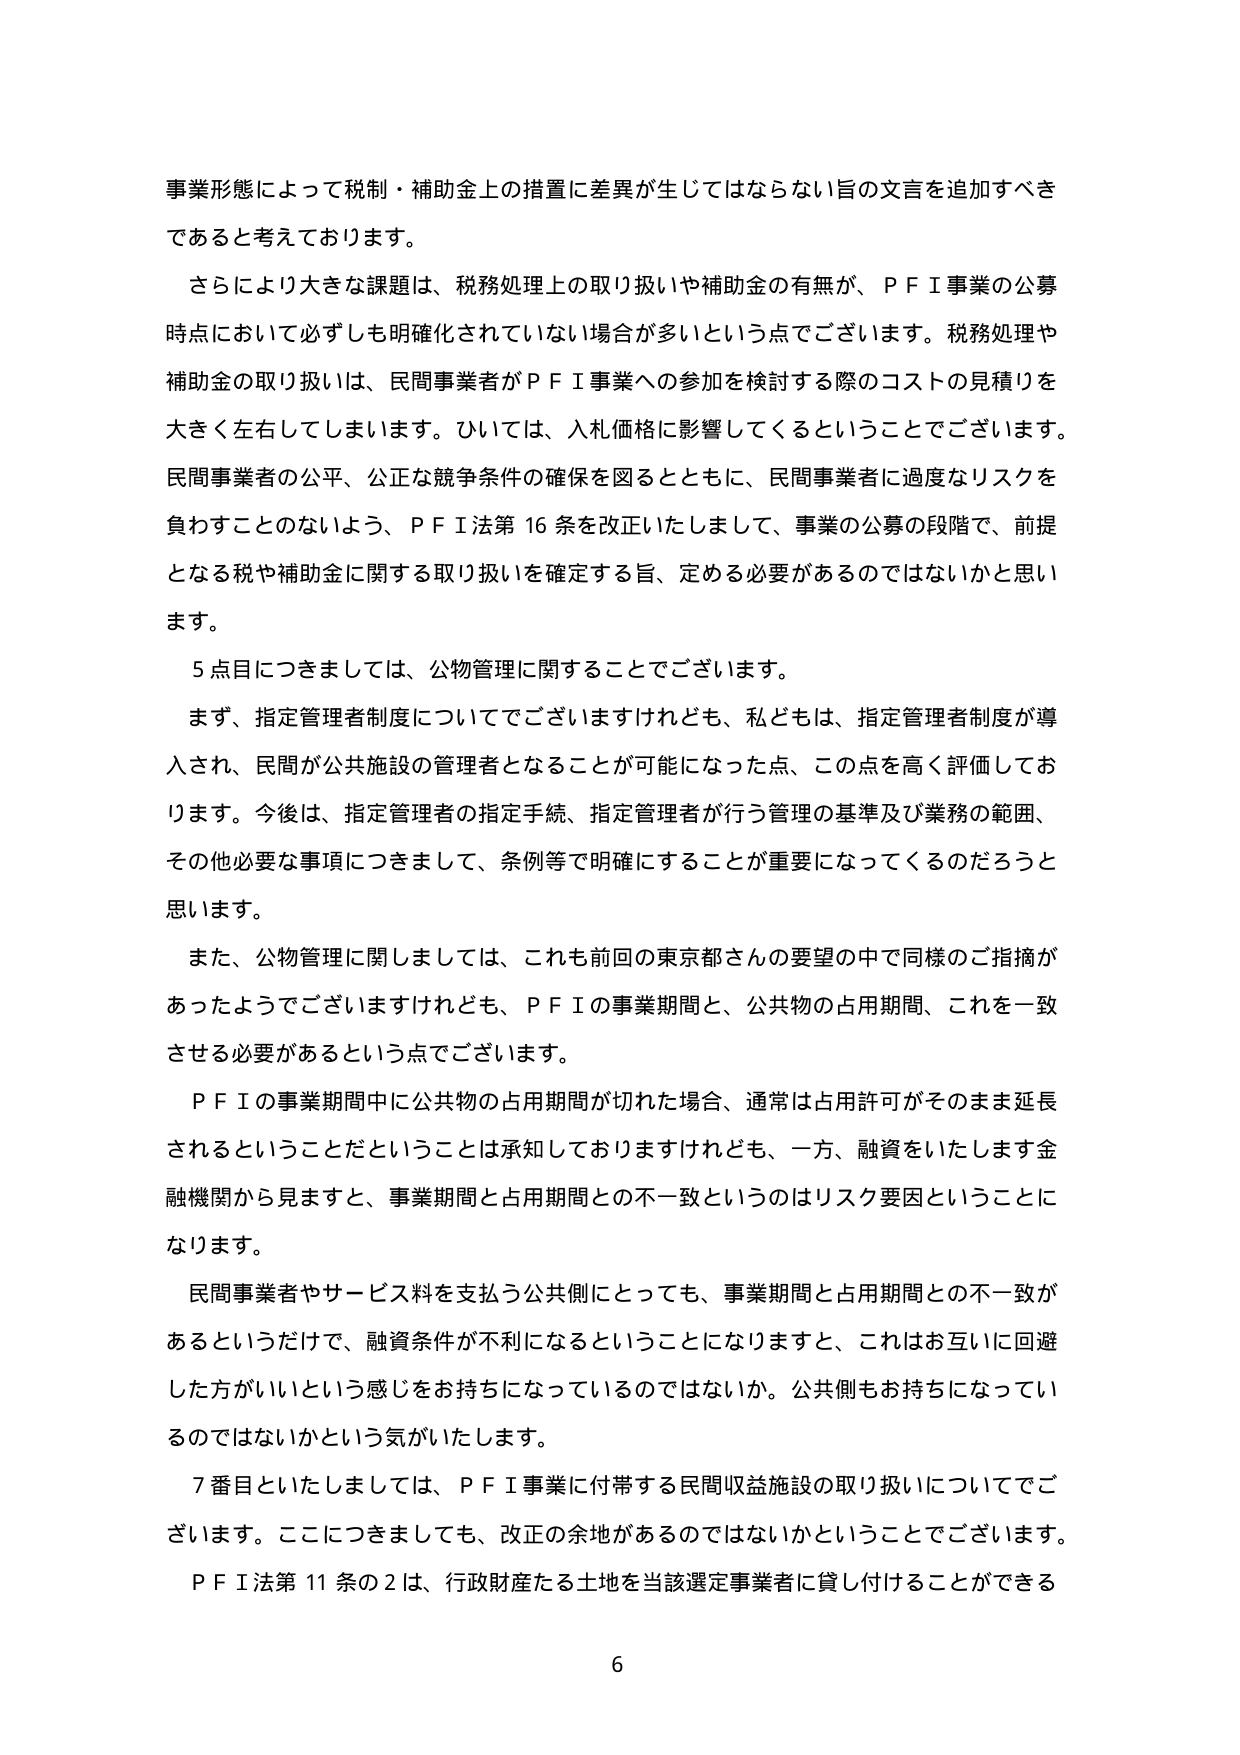
事業形態によって税制・補助金上の措置に差異が生じてはならない旨の文言を追加すべきであると考えております。

さらにより大きな課題は、税務処理上の取り扱いや補助金の有無が、ＰＦＩ事業の公募時点において必ずしも明確化されていない場合が多いという点でございます。税務処理や補助金の取り扱いは、民間事業者がＰＦＩ事業への参加を検討する際のコストの見積りを大きく左右してしまいます。ひいては、入札価格に影響してくるということでございます。民間事業者の公平、公正な競争条件の確保を図るとともに、民間事業者に過度なリスクを負わすことのないよう、ＰＦＩ法第16条を改正いたしまして、事業の公募の段階で、前提となる税や補助金に関する取り扱いを確定する旨、定める必要があるのではないかと思います。

5点目につきましては、公物管理に関することでございます。

まず、指定管理者制度についてでございますけれども、私どもは、指定管理者制度が導入され、民間が公共施設の管理者となることが可能になった点、この点を高く評価しております。今後は、指定管理者の指定手続、指定管理者が行う管理の基準及び業務の範囲、その他必要な事項につきまして、条例等で明確にすることが重要になってくるのだろうと思います。

また、公物管理に関しましては、これも前回の東京都さんの要望の中で同様のご指摘があったようでございますけれども、ＰＦＩの事業期間と、公共物の占用期間、これを一致させる必要があるという点でございます。

ＰＦＩの事業期間中に公共物の占用期間が切れた場合、通常は占用許可がそのまま延長されるということだということは承知しておりますけれども、一方、融資をいたします金融機関から見ますと、事業期間と占用期間との不一致というのはリスク要因ということになります。

民間事業者やサービス料を支払う公共側にとっても、事業期間と占用期間との不一致があるというだけで、融資条件が不利になるということになりますと、これはお互いに回避した方がいいという感じをお持ちになっているのではないか。公共側もお持ちになっているのではないかという気がいたします。

7番目といたしましては、ＰＦＩ事業に付帯する民間収益施設の取り扱いについてでございます。ここにつきましても、改正の余地があるのではないかということでございます。

ＰＦＩ法第11条の2は、行政財産たる土地を当該選定事業者に貸し付けることができる

6